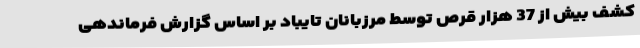
کشف بیش از 37 هزار قرص توسط مرزبانان تایباد بر اساس گزارش فرماندهی